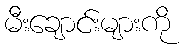
မီးချောင်းများကို